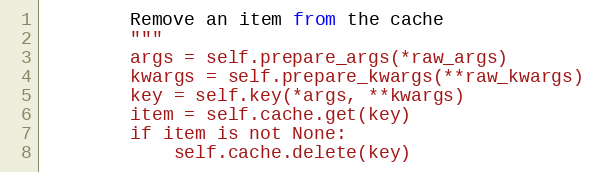
Language: Python
        Remove an item from the cache
        """
        args = self.prepare_args(*raw_args)
        kwargs = self.prepare_kwargs(**raw_kwargs)
        key = self.key(*args, **kwargs)
        item = self.cache.get(key)
        if item is not None:
            self.cache.delete(key)